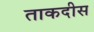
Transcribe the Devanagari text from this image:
ताकदीस